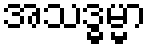
အသဒ္ဓမ္မာ